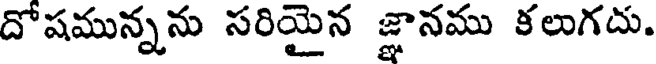
దోషమున్నను సరియైన జ్ఞానము కలుగదు.